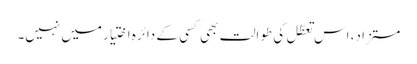
مستزاد، اس تعطّل کی طوالت بھی کسی کے دائرہِ اختیار میں نہیں۔